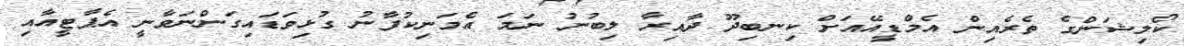
ކޯލިޝަންގެ ތެރެއިން އެމްޑީއޭއަށް ކިނބިދޫ ދާއިރާ ލިބުނު ނަމަ އެމަނިކުފާނު ގުޅިވަޑައިގަންނަވާނީ އެޕާޓީއާއި